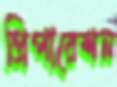
প্রিপারেশন